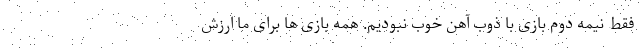
فقط نیمه دوم بازی با ذوب آهن خوب نبودیم. همه بازی ها برای ما ارزش